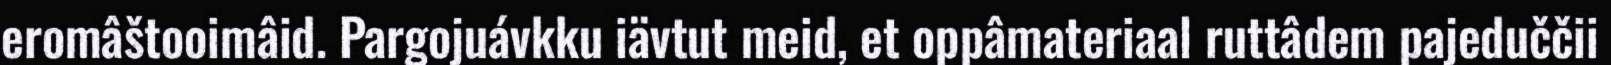
eromâštooimâid. Pargojuávkku iävtut meid, et oppâmateriaal ruttâdem pajeduččii